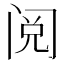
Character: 阅